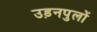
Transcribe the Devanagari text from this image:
उड़नपुलों